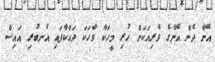
އޭނާ ދެން އޭނާގެ ވެރިއަކަށް ހުރި މީހަކާ ވާހަކަ ދައްކާފައި އެނބުރި އައިސް